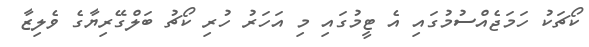
ކޯޗަކު ހަމަޖެއްސުމުގައި އެ ޓީމުގައި މި އަހަރު ހުރި ކޯޗު ބަލްގޭރިޔާގެ ވެލިޒާ